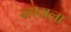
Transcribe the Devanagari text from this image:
न्हायला